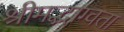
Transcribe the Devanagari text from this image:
श्रीमद्भाग्वता